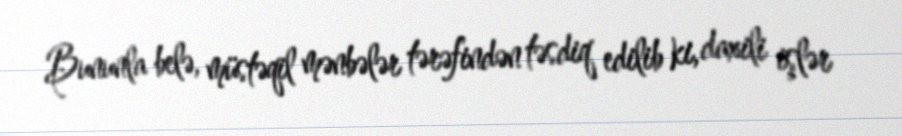
Bununla belə, müstəqil mənbələr tərəfindən təsdiq edilib ki, daxili işlər